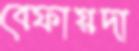
বেফায়দা